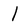
Character: l